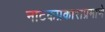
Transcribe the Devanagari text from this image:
नाटकप्रकाराप्रमाणे